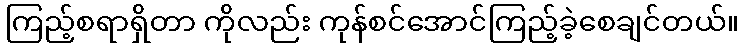
ကြည့်စရာရှိတာ ကိုလည်း ကုန်စင်အောင်ကြည့်ခဲ့စေချင်တယ်။